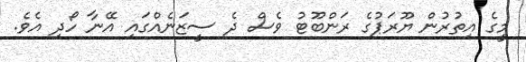
މީގެ އިތުރުން ޔޫރަޕުގެ ރަންބޫޓު ވެސް ދެ ސީޒަނެއްގައި އޭނާ ހޯދި އެވެ.